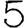
Digit: 5